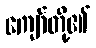
ကျော်တို့၏